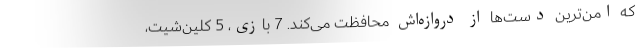
که امن‌ترین دست‌ها از دروازه‌اش محافظت می‌کند. 7 بازی، 5 کلین‌شیت،